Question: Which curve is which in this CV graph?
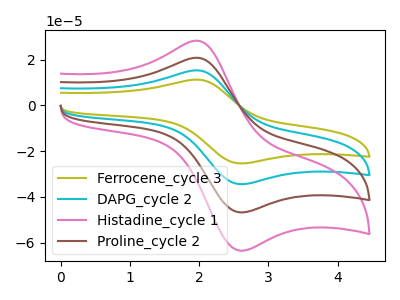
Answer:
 <answer>The olive curve is labeled "Ferrocene_cycle 3". The cyan curve is labeled "DAPG_cycle 2". The pink curve is labeled "Histadine_cycle 1". The brown curve is labeled "Proline_cycle 2".</answer>
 <eval></eval>